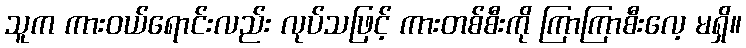
သူက ကားဝယ်ရောင်းလည်း လုပ်သဖြင့် ကားတစ်စီးကို ကြာကြာစီးလေ့ မရှိ။